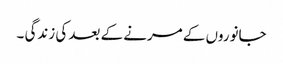
جانوروں کے مرنے کے بعد کی زندگی ۔